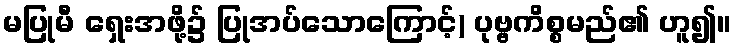
မပြုမီ ရှေးအဖို့၌ ပြုအပ်သောကြောင့်) ပုဗ္ဗကိစ္စမည်၏ ဟူ၍။